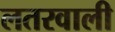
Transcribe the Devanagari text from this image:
लतरवाली